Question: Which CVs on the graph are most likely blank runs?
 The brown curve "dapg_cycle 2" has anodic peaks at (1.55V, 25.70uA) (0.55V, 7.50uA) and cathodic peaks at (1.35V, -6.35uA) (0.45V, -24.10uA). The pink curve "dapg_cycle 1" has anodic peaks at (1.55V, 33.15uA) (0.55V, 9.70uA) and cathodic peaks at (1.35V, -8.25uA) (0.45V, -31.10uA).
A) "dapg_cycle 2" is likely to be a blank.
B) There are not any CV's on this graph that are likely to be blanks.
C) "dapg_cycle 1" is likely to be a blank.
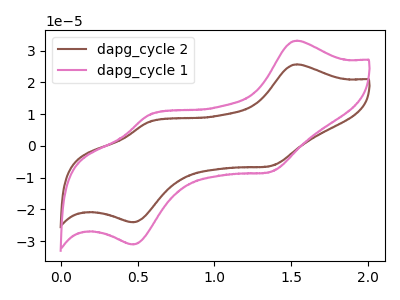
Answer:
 <answer>B) There are not any CV's on this graph that are likely to be blanks.</answer>
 <eval>B</eval>